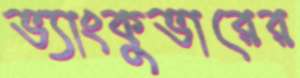
ভ্যাংকুভারের